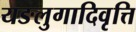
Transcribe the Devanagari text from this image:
यङलुगादिवृत्ति